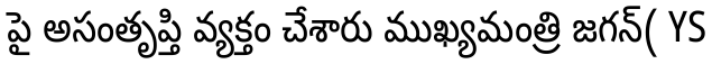
పై అసంతృప్తి వ్యక్తం చేశారు ముఖ్యమంత్రి జగన్( YS